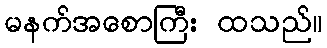
မနက်အစောကြီး ထသည်။